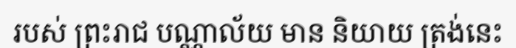
របស់ ព្រះរាជ បណ្ណាល័យ មាន និយាយ ត្រង់នេះ